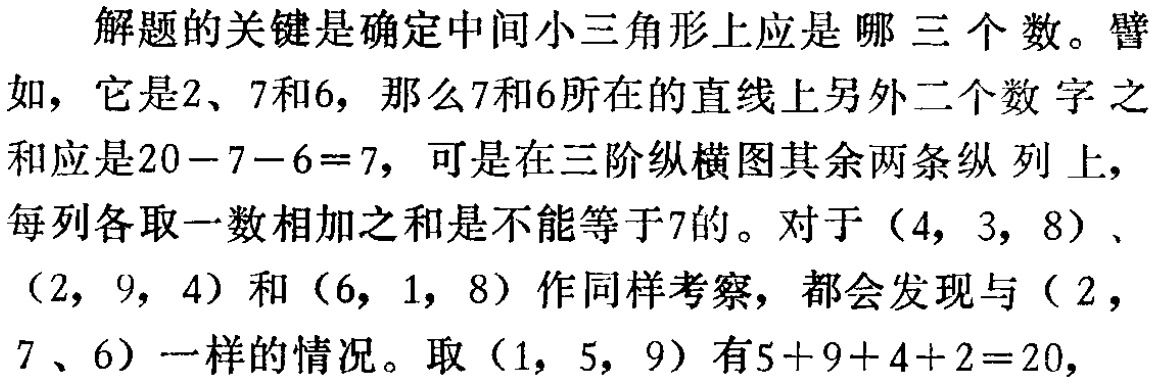
解题的关键是确定中间小三角形上应是哪三个数。譬如，它是2、7和6，那么7和6所在的直线上另外二个数字之和应是\(20 - 7 - 6 = 7\)，可是在三阶纵横图其余两条纵列上，每列各取一数相加之和是不能等于7的。对于\((4, 3, 8)\)、\((2, 9, 4)\)和\((6, 1, 8)\)作同样考察，都会发现与\((2, 7, 6)\)一样的情况。取\((1, 5, 9)\)有\(5 + 9 + 4 + 2 = 20\)，